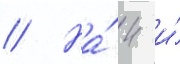
// На́ 4 и́